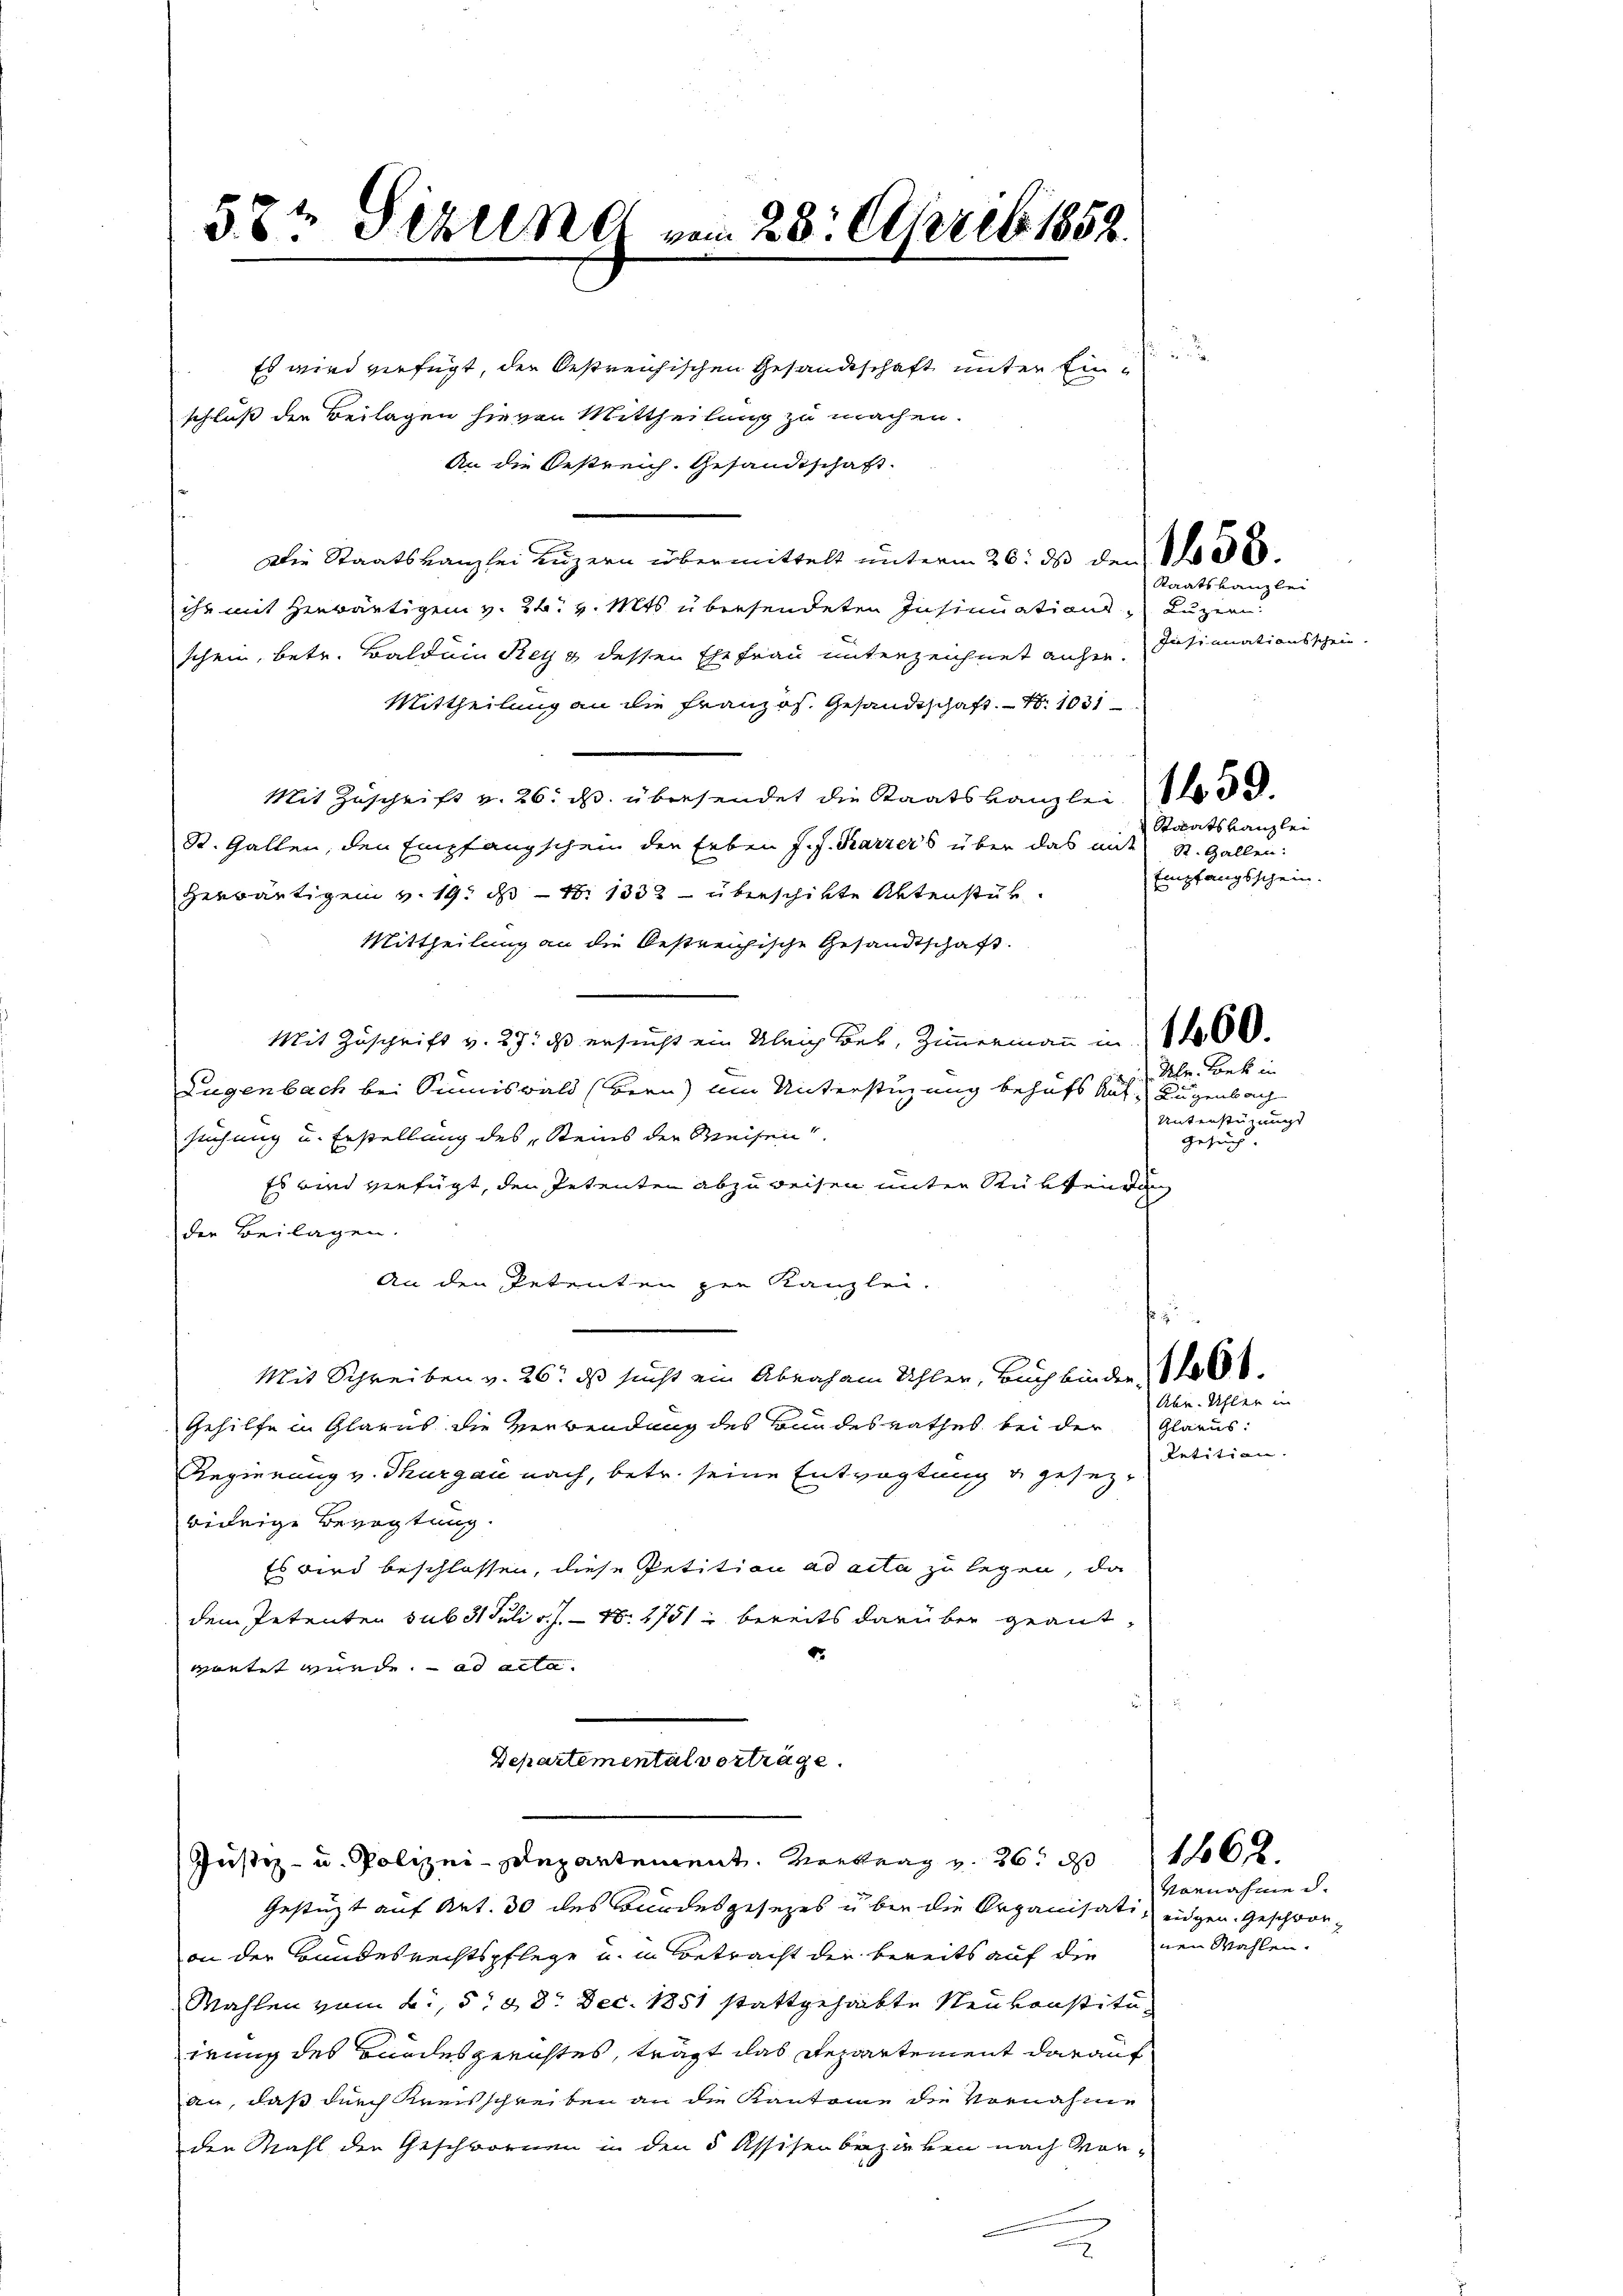
57t Sirung vom 28. April 1858.

schluß der Beilagen hievon Mittheilung zu machen.
An die Oestreich. Gesandtschaft.
Die Staatskanzlei Luzern übermittelt unterm 26. ds den Bede
ihr mit herwärtigen v. 26. v. Mts. übersendeten Insinuations Luzer
schein, betr. Baldein Rey 3 dessen Ehefrau unterzeichnet anher. Sisionationsschein
Mittheilung an die Französ. Gesandtschaft. N. 1031
Mit Zuschrift v. 26. ds. übersendet die Staatskanzlei le de
St. Gallen, den Empfangschein der Leben J. J. Karrers über das mit St. Gallen:
herwärtigen v. 19. ds N. 1332 - überschikte Aktenstür.
Mittheilung an die bestreichische Gesandtschaft.
Mit Zuschrift v. 27. ds ersucht ein Gleich bek, Zimmermann in 1000.
Dugenbach bei Summiswald (Bern) um Unterstüzung behufs Auf Augenbach
suchung u. Erstellung des „Steins der Weisen
Es und verfügt, den Petenten abzuweisen unter Rüksende
der Beilagen.
An den Petenten zur Kanzlei.

Mit Schreiben v. 26. ds sucht ein Abraham Schler, Buchbinder
Gehilfe in Glarus die Verwendung des Bundesrathes bei der
Regierung v. Thurgau nach, betr. seine Entvogtung u. gesezwidrige Bevogtung.
Es wird beschlossen, diese Petition ad acta zu legen, da
dem Petenten sub 31 Juli v. J. 18. 1751 bereits darüber geant¬
1
gautet wurde. ad acta.
Departemental vorträge.

e
Es wird verfügt, der bestreichischen Gesandtschaft unter Ein¬

(Justiz- u. Polizei-Departement. Vertrag v. 26. 116

Staatskanzlei
Staatskanzlei
Empfangsschein

Gestützt auf Art. 30 des Bundesgesezes über die Organisati, eidgen. Geschron-
on der Bundesrechtspflege u. in Betracht die bereits auf dienen Wahlen.
Mahlen vom 2. 588. Dec. 1851 stattgehabte Neukonstituirung des Bundesgerichtes, trägt das Repartement darauf
an, daß durch Kreisschreiben an die Kantone die Vornahme
den Mahl der Geschwornen in den 5 Assisen beziehen nach Vor¬

Uhr. Bek in
Unterstimmt
Gesuch.

Abe. Ahler in
Glarus:
Retition.

Vornahme d.